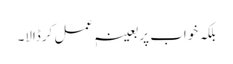
بلکہ خواب پر بعینہٖ عمل کرڈالا۔